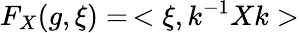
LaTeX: F_{X}(g,\xi)=\, <\xi,k^{-1}Xk>